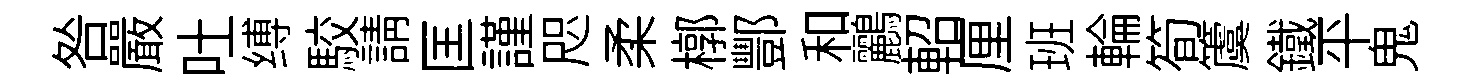
咎嚴吐缚駮請匡謹咫柔槨酆和鸝軺厘班輪筍𥵂鐵平鬼